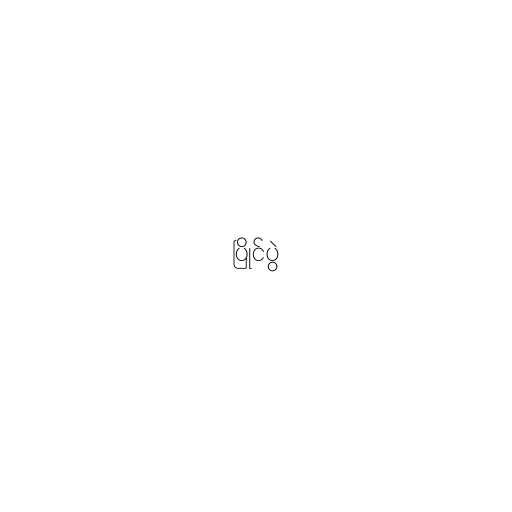
ပြိုင်ပွဲ